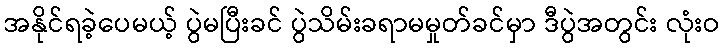
အနိုင်ရခဲ့ပေမယ့် ပွဲမပြီးခင် ပွဲသိမ်းခရာမမှုတ်ခင်မှာ ဒီပွဲအတွင်း လုံးဝ